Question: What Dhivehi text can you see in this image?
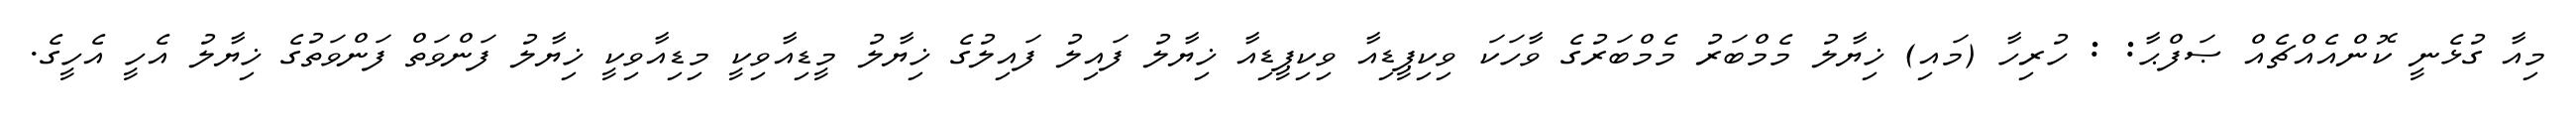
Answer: މިއާ ގުޅެނީ ކޮންއެއްޗެއް ޞަފްޙާ: : ހުރިހާ (މައި) ޚިޔާލު މެމްބަރު މެމްބަރުގެ ވާހަކަ ވިކިޕީޑިއާ ވިކިޕީޑިއާ ޚިޔާލު ފައިލު ފައިލުގެ ޚިޔާލު މީޑިއާވިކީ މިޑިއާވިކީ ޚިޔާލު ފަންވަތް ފަންވަތުގެ ޚިޔާލު އެހީ އެހީގެ.